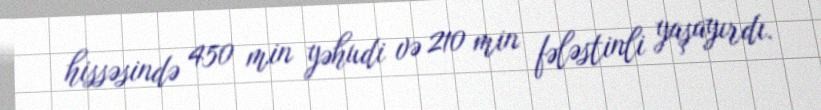
hissəsində 450 min yəhudi və 210 min fələstinli yaşayırdı.